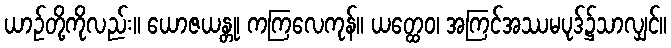
ယာဉ်တို့ကိုလည်း။ ယောဇယန္တု၊ ကကြလေကုန်။ ယတ္ထေဝ၊ အကြင်အဿမပုဒ်၌သာလျှင်။